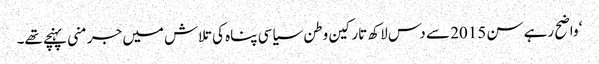
‘ واضح رہے سن 2015 سے دس لاکھ تارکین وطن سیاسی پناہ کی تلاش میں جرمنی پہنچے تھے۔